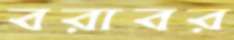
বরাবর